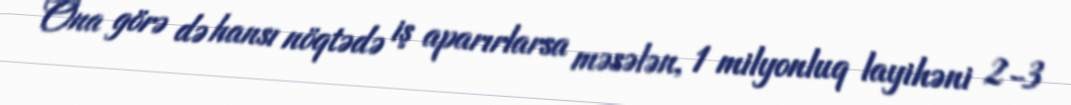
Ona görə də hansı nöqtədə iş aparırlarsa məsələn, 1 milyonluq layihəni 2-3